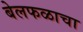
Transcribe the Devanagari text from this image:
बेलफळाचा